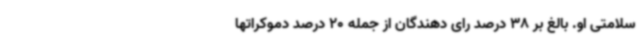
سلامتی او. بالغ بر 38 درصد رای دهندگان از جمله 20 درصد دموکراتها